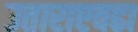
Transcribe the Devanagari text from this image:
उताराएवढा